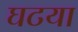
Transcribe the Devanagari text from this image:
घटया